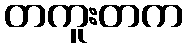
တကူးတက